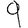
Digit: 9